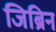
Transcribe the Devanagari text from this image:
जिब्रिन